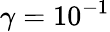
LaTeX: \gamma=10^{-1}